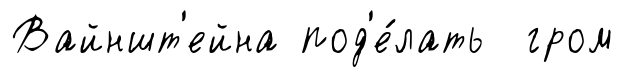
Вайншт'ейна под'е́лать гром